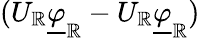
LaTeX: (U_{\mathbb{R}}\underline{{{\varphi}}}_{\mathbb{R}}-U_{\mathbb{R}}\underline{{{\varphi}}}_{\mathbb{R}})